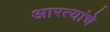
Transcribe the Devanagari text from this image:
आरत्यांचे